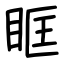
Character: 眶